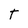
Character: T